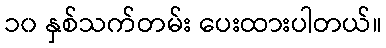
၁၀ နှစ်သက်တမ်း ပေးထားပါတယ်။